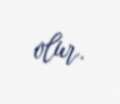
olur.